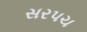
સરપચ